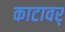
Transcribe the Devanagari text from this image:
काटावर्